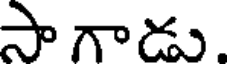
సాగాడు.